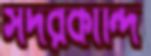
সদরকান্দি